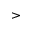
>